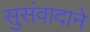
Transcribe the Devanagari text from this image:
सुसंवादाने